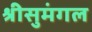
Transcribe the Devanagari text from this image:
श्रीसुमंगल